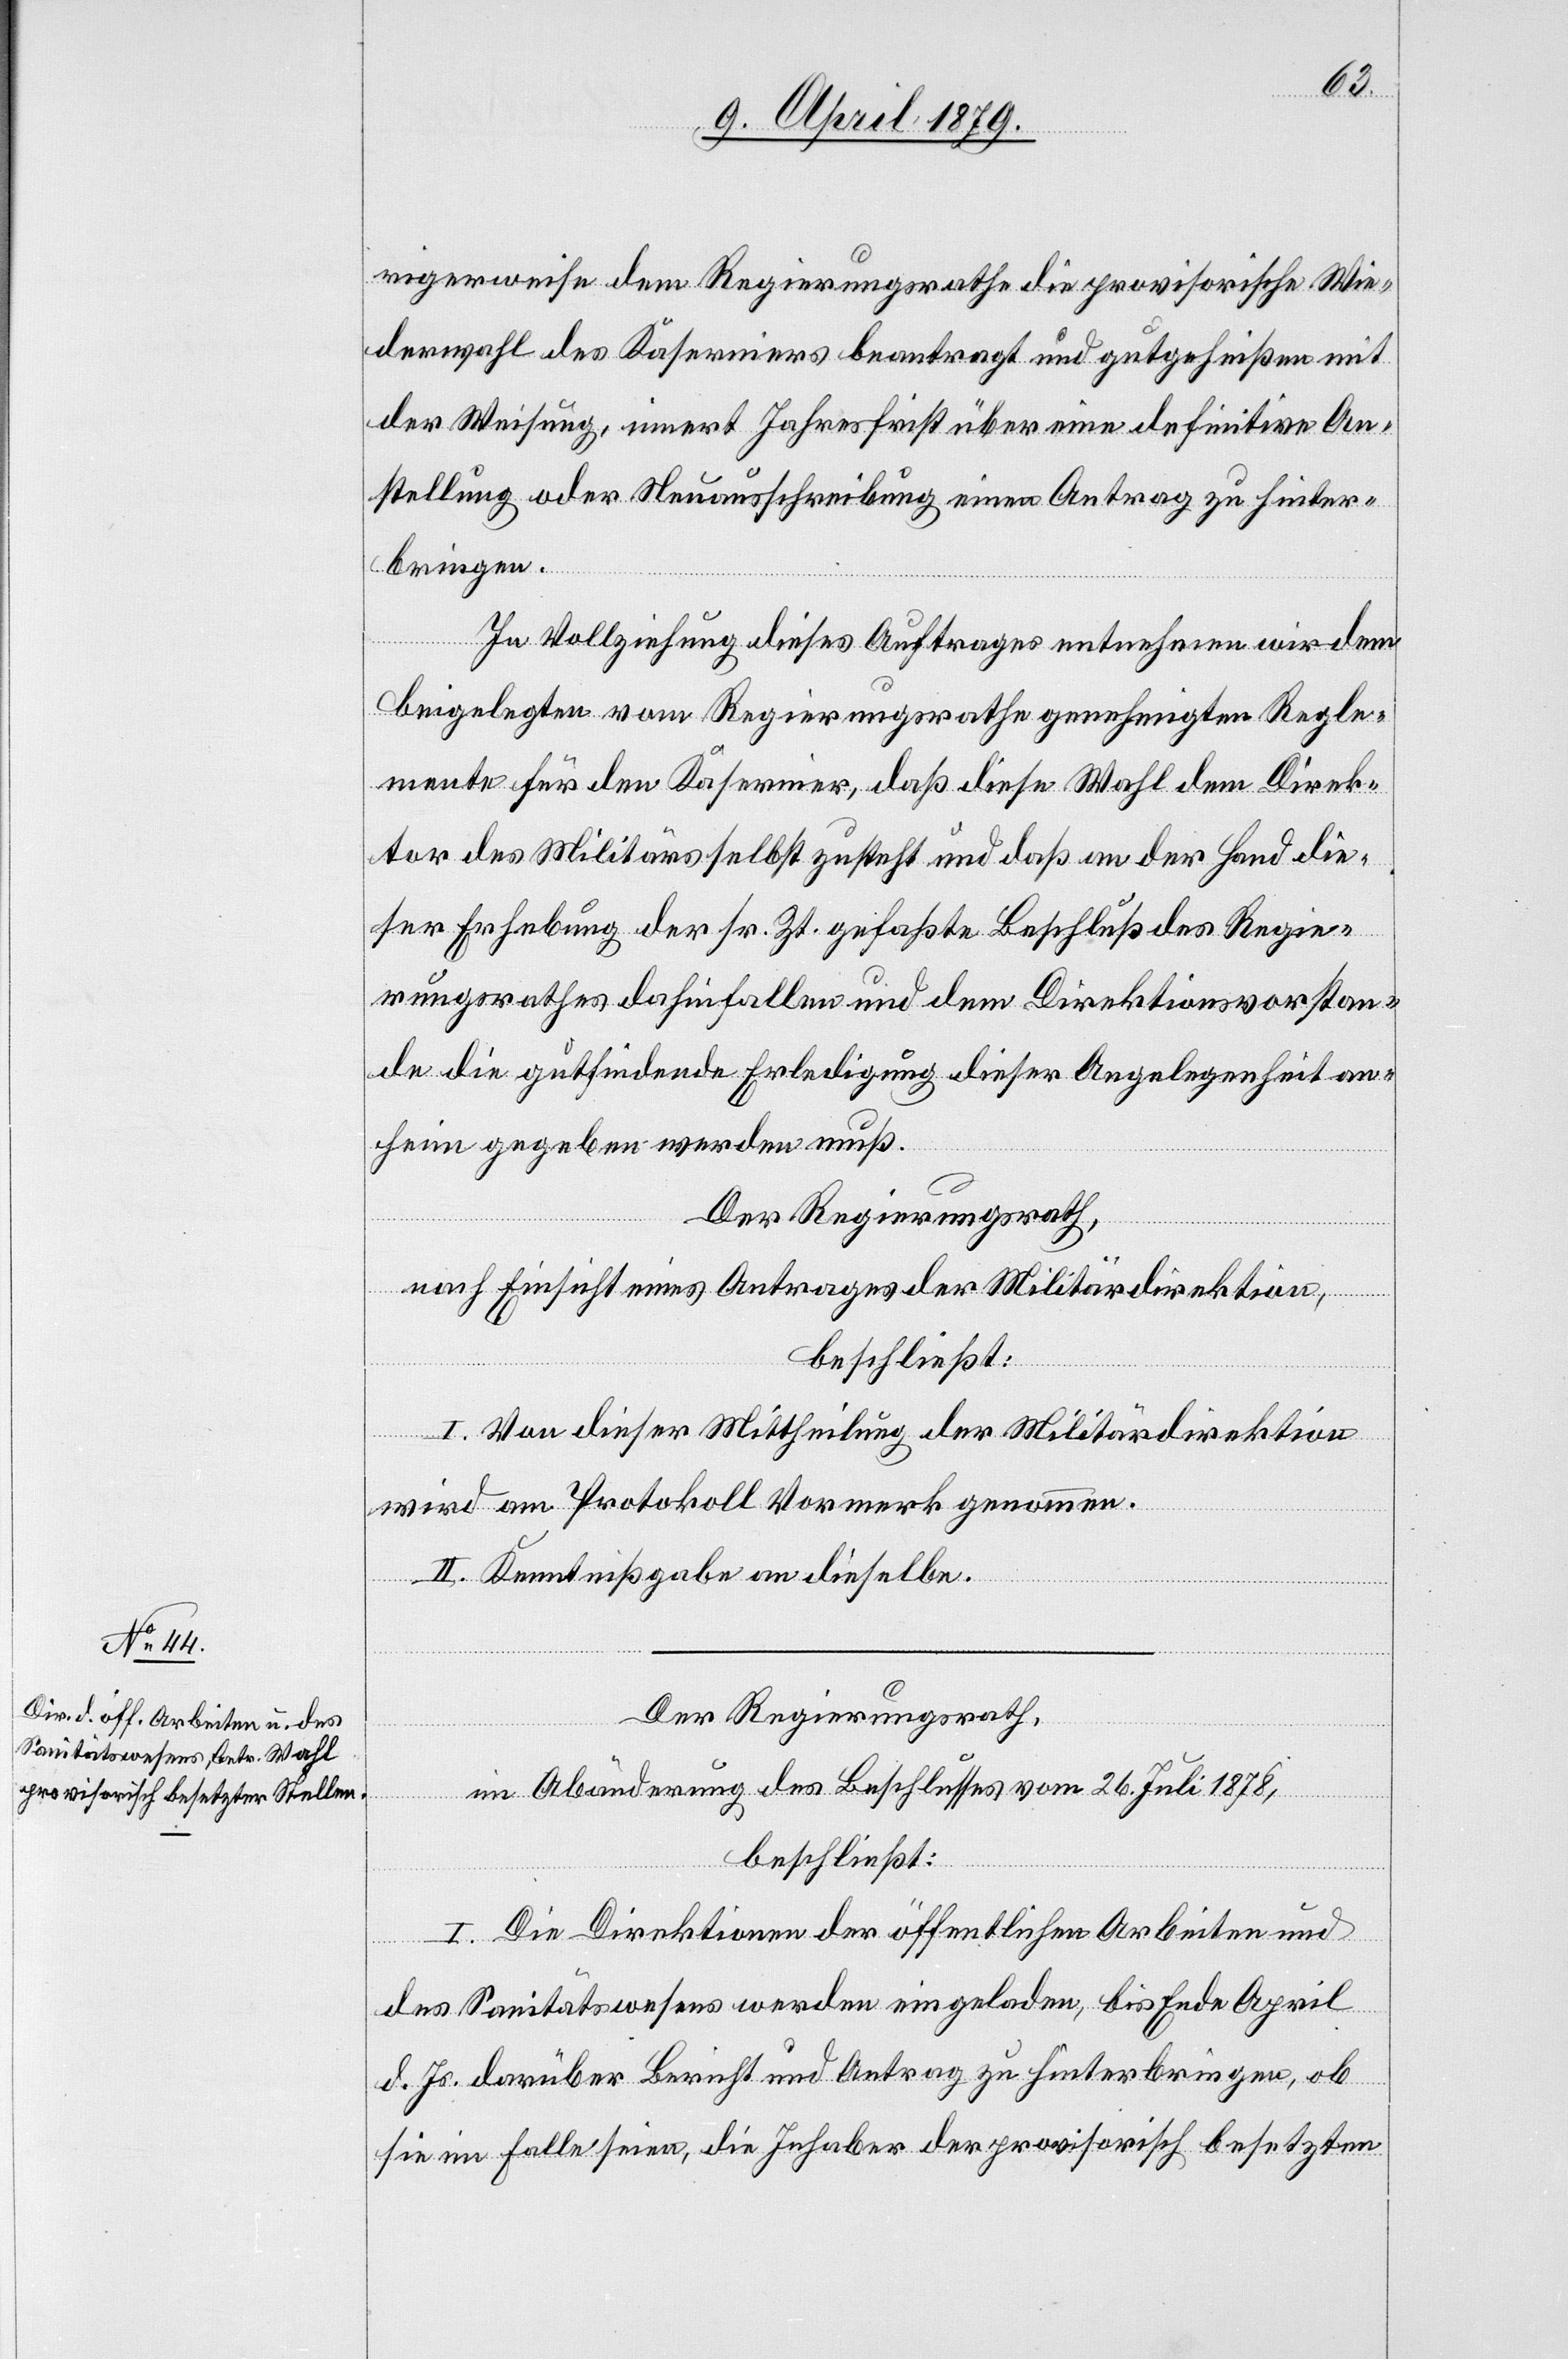
rigerweise dem Regierungsrathe die provisorische Wie¬
derwahl des Kaserniers beantragt und gutgeheißen mit
der Weisung, innert Jahresfrist über eine definitive An¬
stellung oder Neuausschreibung einen Antrag zu hinter¬
bringen.
In Vollziehung dieses Auftrages entnehmen wir dem
beigelegten vom Regierungsrathe genehmigten Regle¬
mente für den Kasernier, daß diese Wahl dem Direk¬
tor des Militärs selbst zusteht und daß an der Hand die¬
ser Erhebung der sr. Zt. gefaßte Beschluß des Regie¬
rungsrathes dahinfallen und dem Direktionsvorstan¬
de die gutfindende Erledigung dieser Angelegenheit an¬
heim gegeben werden muß.
Der Regierungsrath,
nach Einsicht eines Antrages der Militärdirektion,
beschließt:
I. Von dieser Mittheilung der Militärdirektion
wird am Protokoll Vormerk genommen.
II. Kenntnißgabe an dieselbe.
Der Regierungsrath,
in Abänderung des Beschlusses vom 26. Juli 1878,
beschließt:
I. Die Direktionen der öffentlichen Arbeiten und
des Sanitätswesens werden eingeladen, bis Ende April
d. Js. darüber Bericht und Antrag zu hinterbringen, ob
sie im Falle seien, die Inhaber der provisorisch besetzten